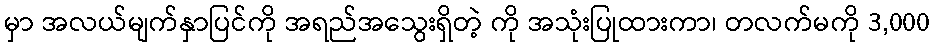
မှာ အလယ်မျက်နှာပြင်ကို အရည်အသွေးရှိတဲ့ ကို အသုံးပြုထားကာ၊ တလက်မကို 3,000